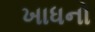
ખાધનો